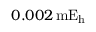
0 . 0 0 2 \, \mathrm { m E _ { h } }